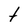
Character: t